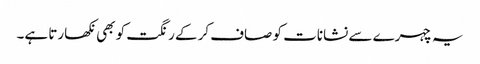
یہ چہرے سے نشانات کو صاف کرکے رنگت کو بھی نکھارتا ہے۔